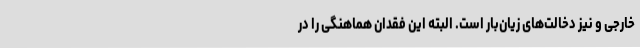
خارجی و نیز دخالت‌های زیان‌بار است. البته این فقدان هماهنگی را در